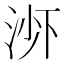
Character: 𬇭